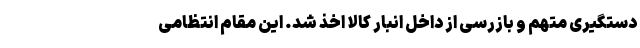
دستگیری متهم و بازرسی از داخل انبار کالا اخذ شد. این مقام انتظامی